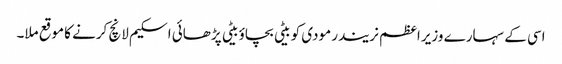
اسی کے سہارے وزیراعظم نریندر مودی کو بیٹی بچاؤ بیٹی پڑھائی اسکیم لانچ کرنے کا موقع ملا۔